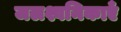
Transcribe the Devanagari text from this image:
जलश्वनिकाएँ